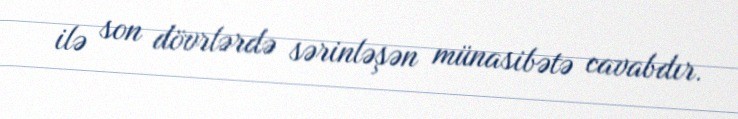
ilə son dövrlərdə sərinləşən münasibətə cavabdır.